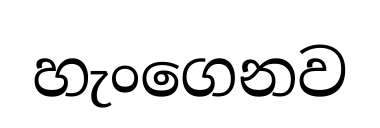
හැංගෙනව